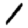
Digit: 1